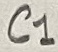
Text: C1